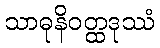
သာဓုနိဝတ္ထဒုဿံ